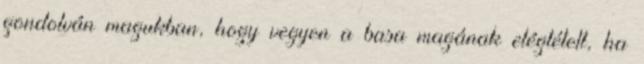
gondolván magukban, hogy vegyen a basa magának elégtételt, ha